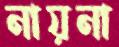
নায়না